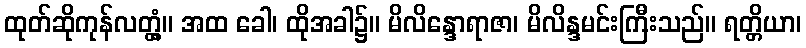
ထုတ်ဆိုကုန်လတ္တံ့။ အထ ခေါ၊ ထိုအခါ၌။ မိလိန္ဒောရာဇာ၊ မိလိန္ဒမင်းကြီးသည်။ ရတ္တိယာ၊